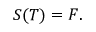
{ \mathbf { } } S ( T ) = F .